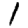
Digit: 1